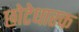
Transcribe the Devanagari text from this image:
छोटेधारक